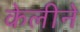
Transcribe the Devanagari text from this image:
केलीने